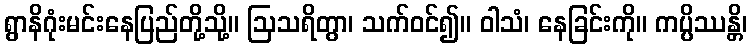
ရွာနိဂုံးမင်းနေပြည်တို့သို့။ ဩသရိတွာ၊ သက်ဝင်၍။ ဝါသံ၊ နေခြင်းကို။ ကပ္ပိဿန္တိ၊